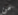
من